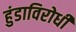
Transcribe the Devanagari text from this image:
हुंडाविरोधी